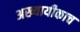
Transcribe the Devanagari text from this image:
अख्यायीकाच